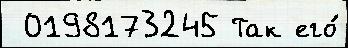
 0198173245 Так его́